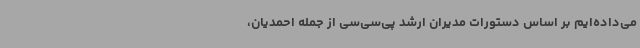
می‌داده‌ایم بر اساس دستورات مدیران ارشد پی‌سی‌سی از جمله احمدیان،